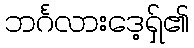
ဘင်္ဂလားဒေ့ရှ်၏